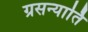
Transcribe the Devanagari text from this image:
ग्रसन्यार्ति